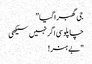
جی گھبرا گیا”
چاپلوسی اگر نہیں سیکھی
"بے ہنر!